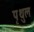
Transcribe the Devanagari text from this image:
पृथुल